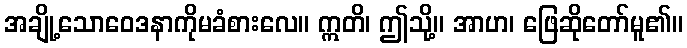
အချို့သောဝေဒနာကိုမခံစားလေ။ ဣတိ၊ ဤသို့။ အာဟ၊ ဖြေဆိုတော်မူ၏။